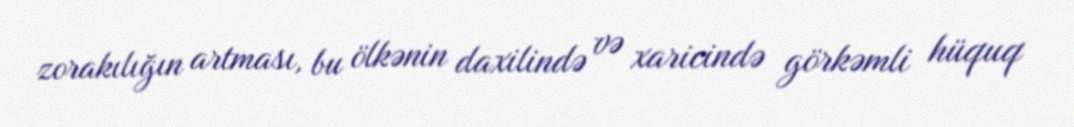
zorakılığın artması, bu ölkənin daxilində və xaricində görkəmli hüquq